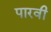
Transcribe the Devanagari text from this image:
पारवी